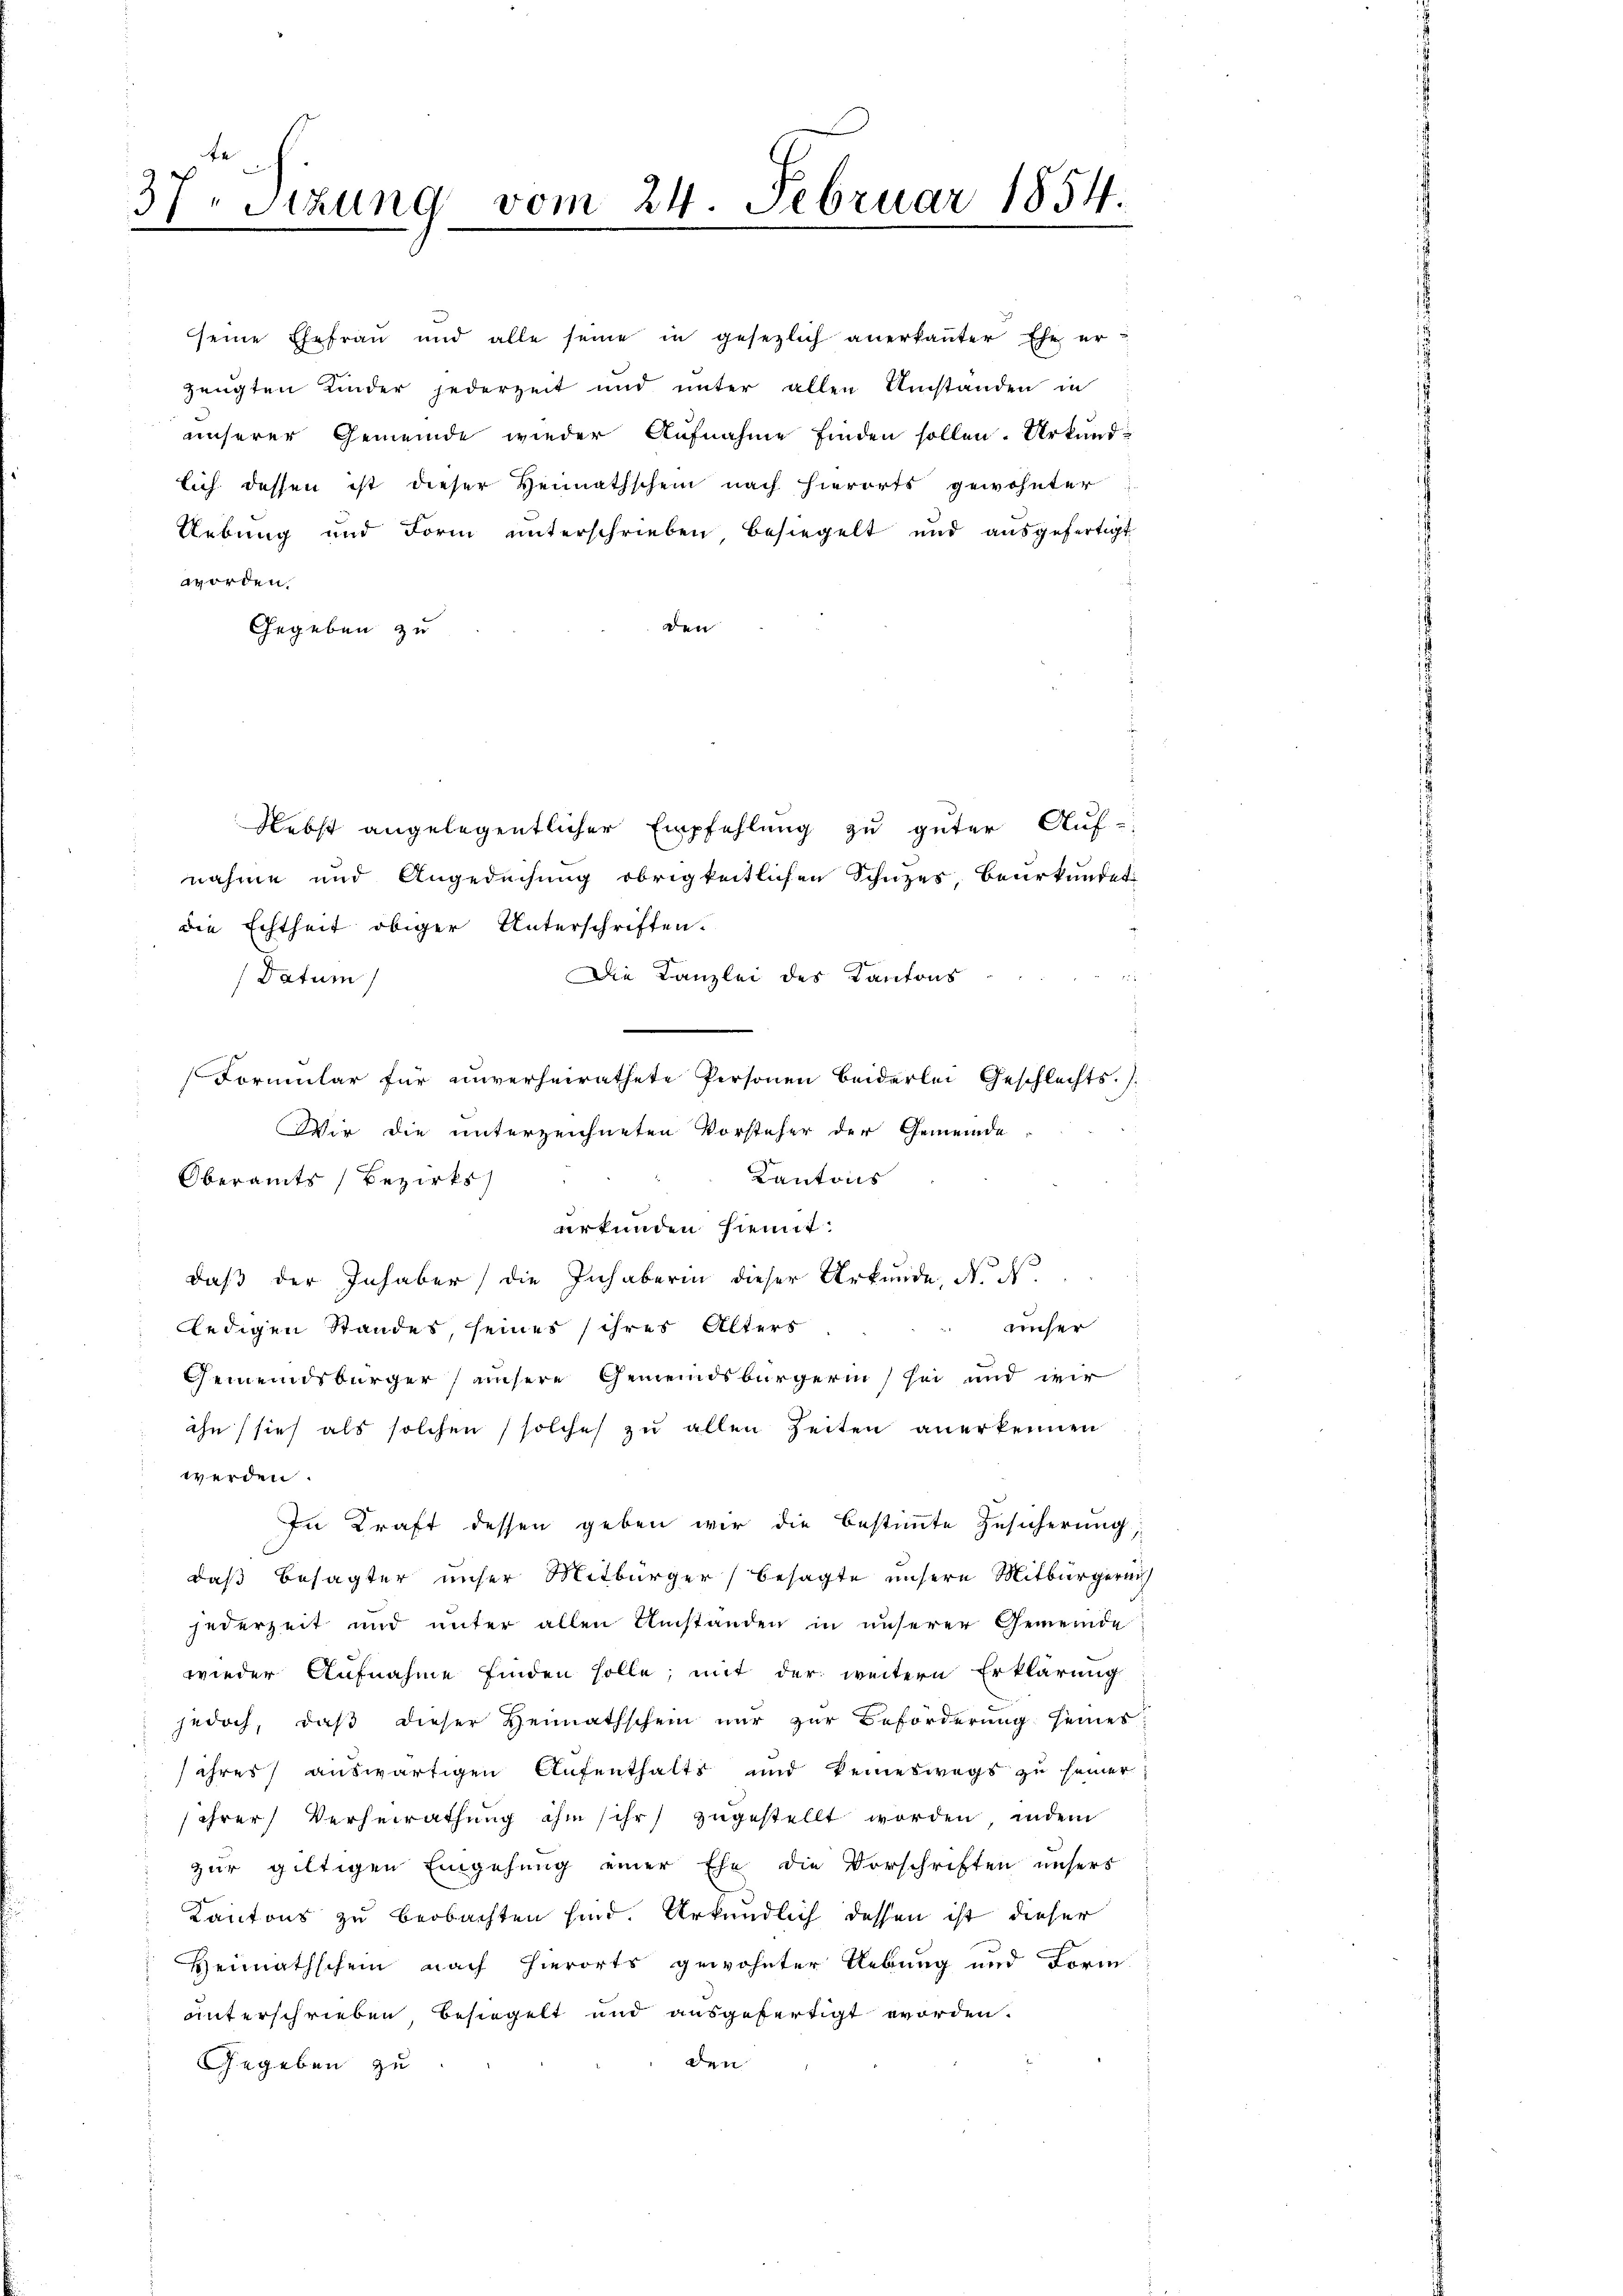
37, Sitzung vom 24. Februar 1854.
.

worden.
den
Gegeben zu
Nebst angelegentlicher Empfehlung zu guter Auf-
nahme und Angedachung obrigkeitlichen Schuzes, beurkundet
die Echtheit obiger Unterschriften.
Die Kanzlei des Kantons
(Datum
Formular für unverheirathete Personen beiderlei Geschlechts-
Wir die unterzeichneten Vorsteher der Gemeinde
Kantons
Oberamts Bezirks
erfunden hiemit:
daß der Inhaber die Inhaberin dieser Urkunde, N. N
unser
ledigen Standes, seines ihres Alters
Gemeindsbürger unsere Gemeindsbürgerin sei und wir
ihn (sieh als solchen solches zu allen Zeiten anerkennen
werden.
In Kraft dessen geben wir die bestimmte Zusicherung,
daß Besagter unser Mitbürger besagte unsere Mitbürgerich
jederzeit und unter allen Umstanden in unserer Gemeinde
wieder Aufnahme finden solle; mit der weitern Erklärung
jedoch, daß dieser Heimathschein nur zur Beförderung seines
ihres auswärtigen Aufenthalts und keineswegs zu seiner
ihrer Verheirathung ihm ihr zugestellt worden, indem
zur gültigen Eingehung einer Ehe die Vorschriften unsers
Kantons zu beobachten sind. Urkundlich dessen ist dieser
Heimathschein nach hierorts gewohnter Uebung und Form
unterschrieben, besiegelt und ausgefertigt worden.
den
Gegeben zu

seine Ehefrau und alle seine in gesezlich anerkanter Ehe erzeugten Kinder jederzeit und unter allen Umständen in
unserer Gemeinde wieder Aufnahme finden sollen. Urkundlich dessen ist dieser Heimathschein nach hierorts gewohnter
Uebung und Form unterschrieben besiegelt und aŭsgefertigt